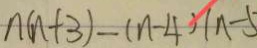
n ( n + 3 ) - ( n - 4 ) ( n - 5